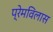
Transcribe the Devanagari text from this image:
प्रेमविलास